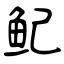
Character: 鱾